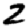
Digit: 2